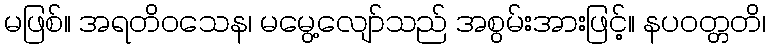
မဖြစ်။ အရတိဝသေန၊ မမွေ့လျော်သည် အစွမ်းအားဖြင့်။ နပဝတ္တတိ၊